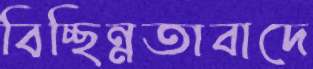
বিচ্ছিন্নতাবাদে